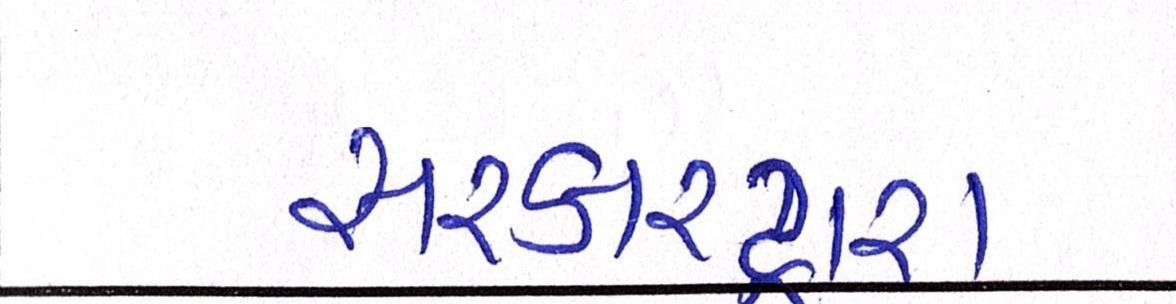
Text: સરકારદ્વારા